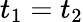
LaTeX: t_{1}=t_{2}